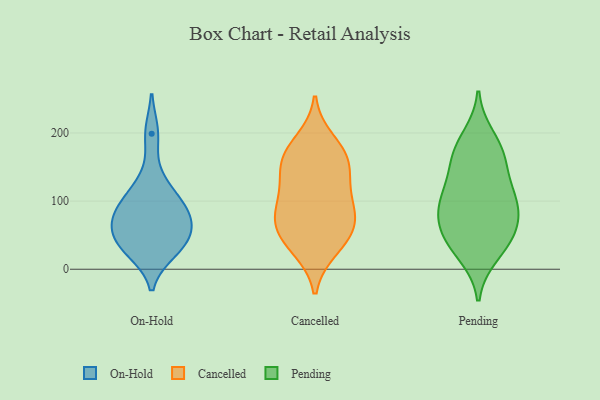
{"axis": {"x": "Operating Costs (USD K)", "y": "Value"}, "legend": ["Cancelled", "On-Hold", "Pending"], "data": [{"x": "", "y": 36, "type": "On-Hold"}, {"x": "", "y": 128, "type": "On-Hold"}, {"x": "", "y": 102, "type": "On-Hold"}, {"x": "", "y": 34, "type": "On-Hold"}, {"x": "", "y": 27, "type": "On-Hold"}, {"x": "", "y": 91, "type": "On-Hold"}, {"x": "", "y": 51, "type": "On-Hold"}, {"x": "", "y": 64, "type": "On-Hold"}, {"x": "", "y": 199, "type": "On-Hold"}, {"x": "", "y": 73, "type": "On-Hold"}, {"x": "", "y": 82, "type": "On-Hold"}, {"x": "", "y": 76, "type": "Cancelled"}, {"x": "", "y": 69, "type": "Cancelled"}, {"x": "", "y": 118, "type": "Cancelled"}, {"x": "", "y": 93, "type": "Cancelled"}, {"x": "", "y": 34, "type": "Cancelled"}, {"x": "", "y": 59, "type": "Cancelled"}, {"x": "", "y": 188, "type": "Cancelled"}, {"x": "", "y": 162, "type": "Cancelled"}, {"x": "", "y": 110, "type": "Cancelled"}, {"x": "", "y": 30, "type": "Cancelled"}, {"x": "", "y": 162, "type": "Cancelled"}, {"x": "", "y": 166, "type": "Cancelled"}, {"x": "", "y": 62, "type": "Cancelled"}, {"x": "", "y": 144, "type": "Cancelled"}, {"x": "", "y": 167, "type": "Pending"}, {"x": "", "y": 115, "type": "Pending"}, {"x": "", "y": 62, "type": "Pending"}, {"x": "", "y": 63, "type": "Pending"}, {"x": "", "y": 100, "type": "Pending"}, {"x": "", "y": 22, "type": "Pending"}, {"x": "", "y": 160, "type": "Pending"}, {"x": "", "y": 79, "type": "Pending"}, {"x": "", "y": 37, "type": "Pending"}, {"x": "", "y": 167, "type": "Pending"}, {"x": "", "y": 98, "type": "Pending"}, {"x": "", "y": 193, "type": "Pending"}, {"x": "", "y": 42, "type": "Pending"}, {"x": "", "y": 110, "type": "Pending"}]}